Riigikantselei, lk 104
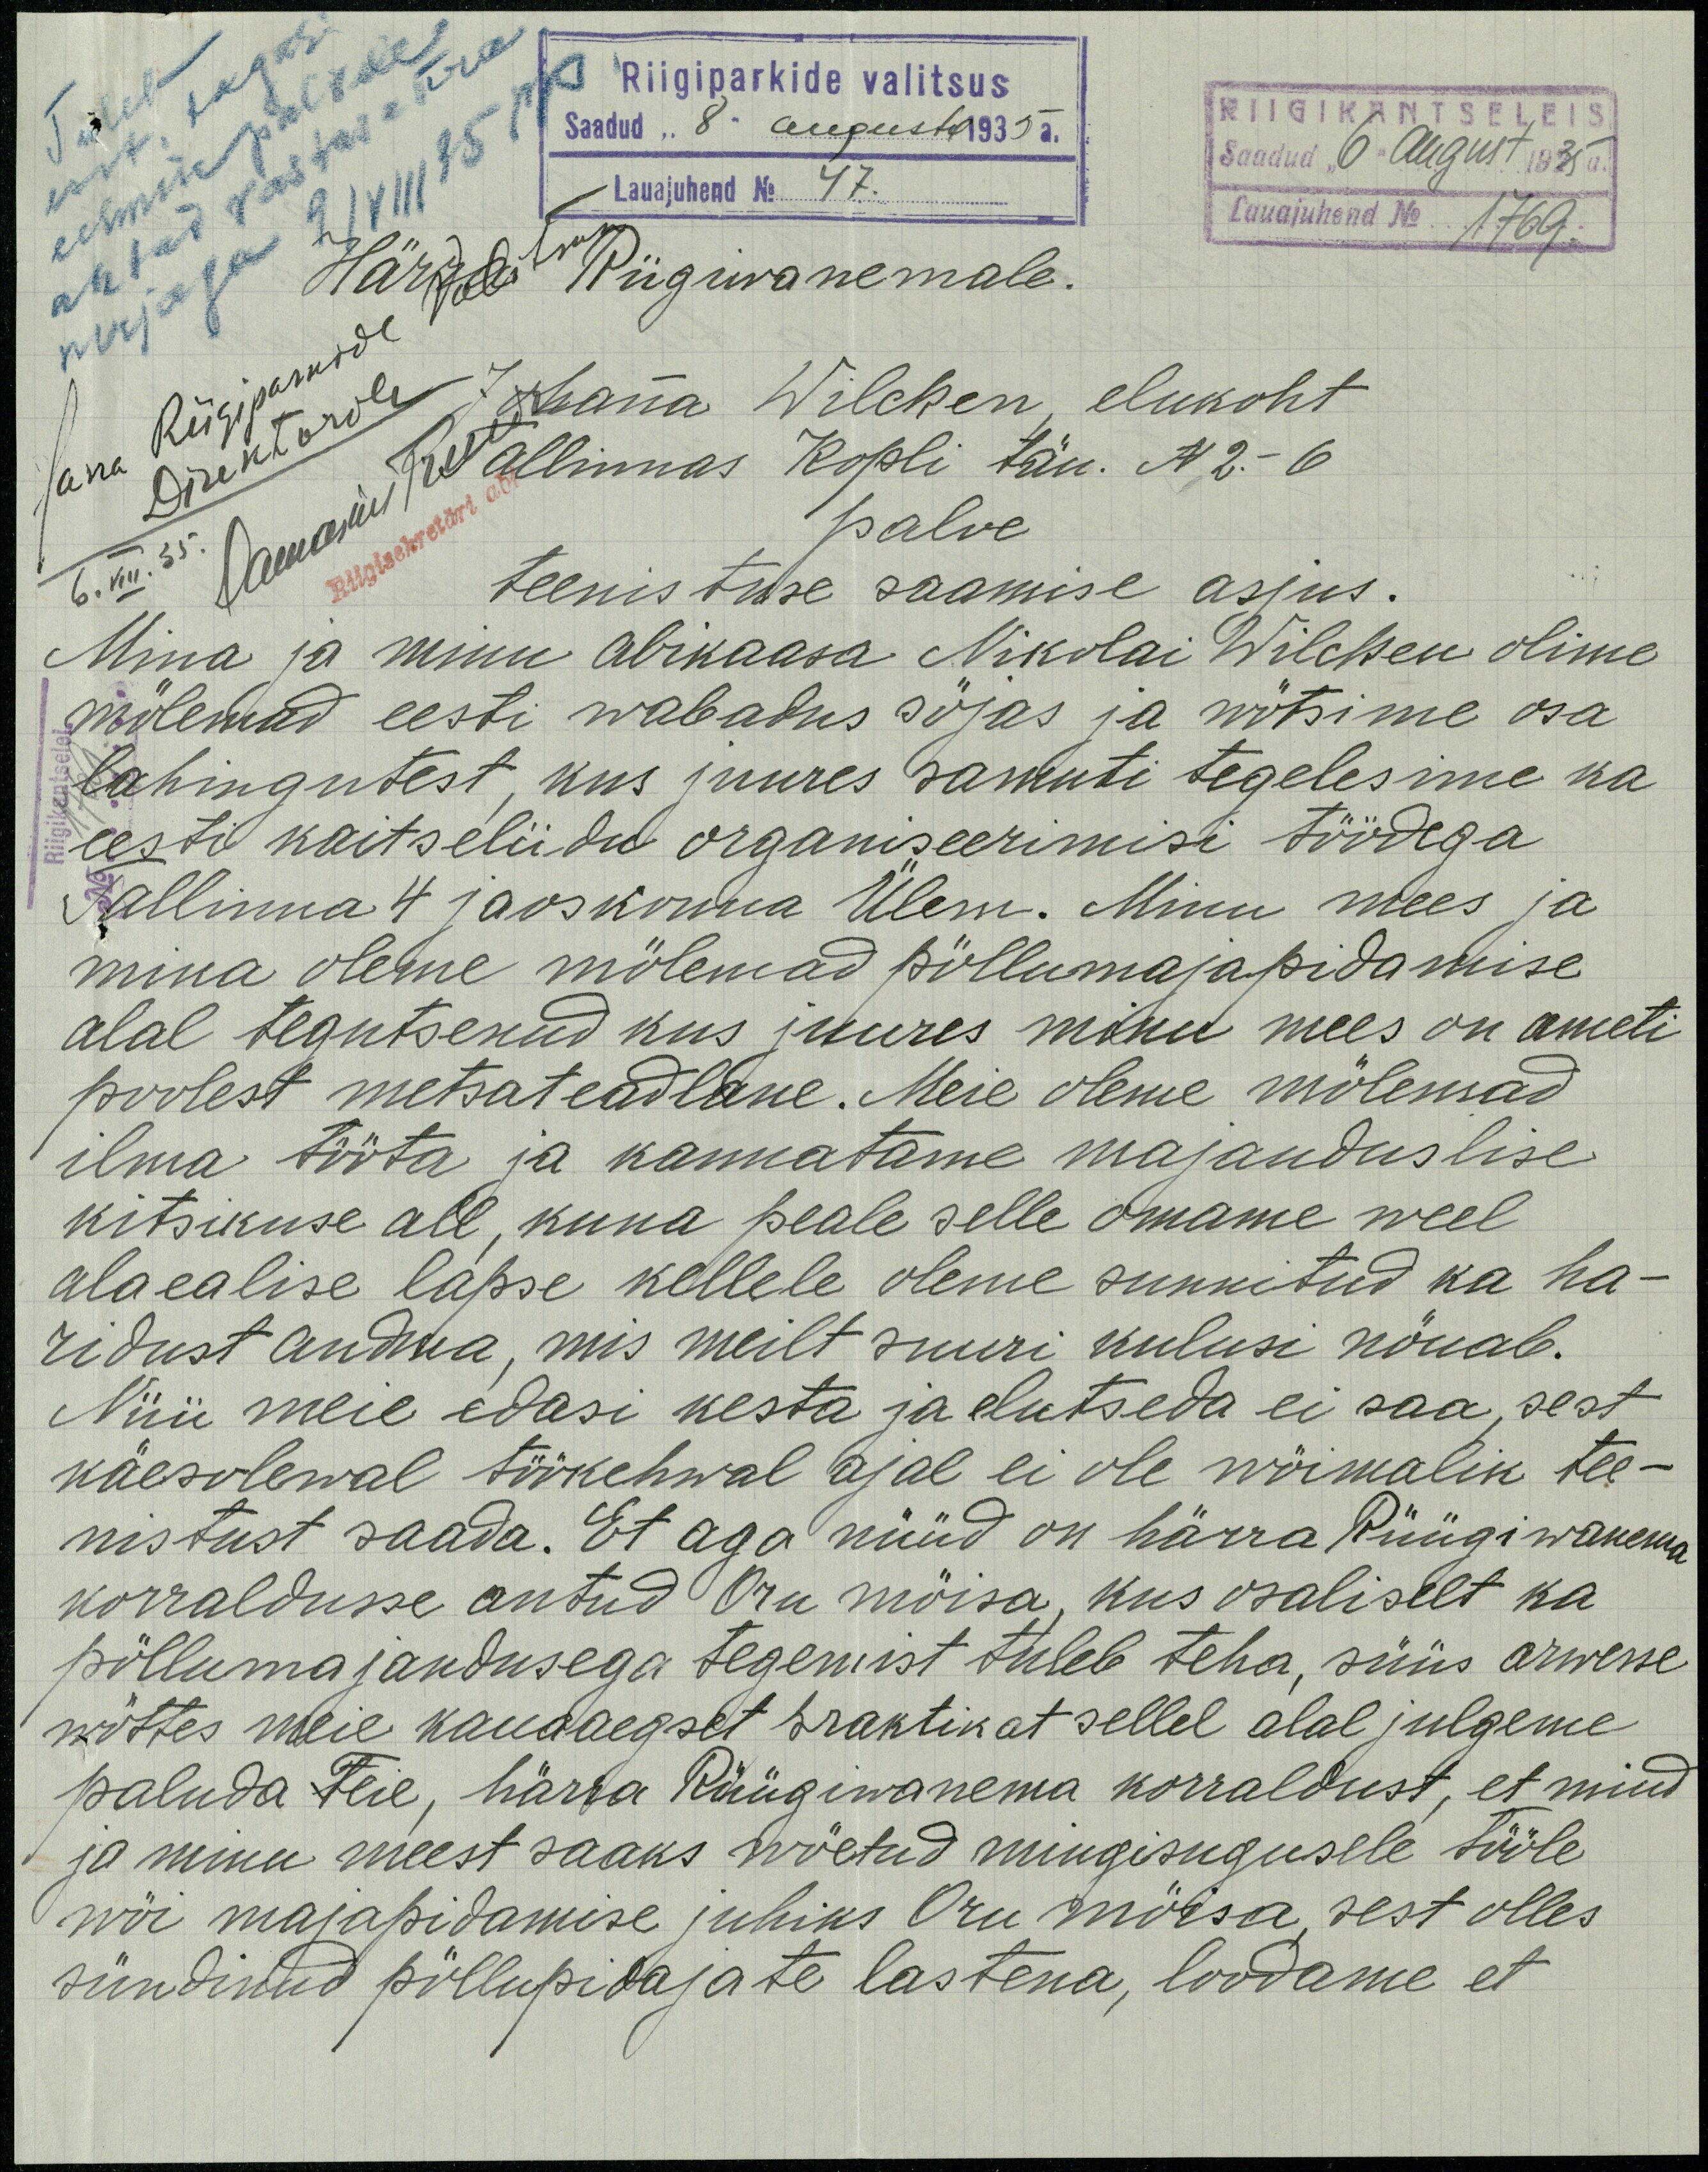
Riigiparkide valitsus
Saadud "8. augustil 1935 a.
Lauajuhend N 47.
RIIGIKANTSELEIS
Saadud "6" August 1935 a.
Lauajuhend No. 1769.
Härra Riigivanemale.
Johanna Wilcken, elukoht
Tallinnas Kopli tän. N 2. - 6
6. VIII. 35
palve
teenistuse saamise asjus.
Mina ja minu abikaasa Nikolai Wilcken olime
mölemad eesti wabadus söjas ja wötsime osa
lahingutest, kus juures samuti tegelesime ka
eesti kaitseliidu organiseerimisi töödega
Tallinna 4 jaoskonna Ülem. Minu mees ja
mina oleme mölemad pöllumajapidamise
alal tegutsenud kus juures minu mees on ameti
poolest metsateadlane. Meie oleme mölemad
ilma tööta ja kannatame majanduslise
kitsikuse all, kuna peale selle omame weel
alaealise lapse kellele oleme sunnitud ka ha-
ridust andma, mis meilt suuri kulusi nöuab,
Niiii meie edasi kesta ja elutseda ei saa, sest
käesolewal töökehwal ajal ei ole wöimalik tee-
nistust saada. Et aga nüüd on härra Rüügiwanema
korraldusse antud Oru möisa, kus osaliselt ka
pöllumajandusega tegemist tuleb teha, süüs arwesse
wöttes meie kauaaegset braktikat sellel alal julgeme
paluda Teie, härra Rüügiwanema korraldust, et mind
ja minu meest saaks wöetud mingisugusele tööle
wöi majapidamise juhiks Oru möisa sest olles
sündinud pöllupidajate lastena, loodame et